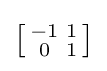
\left[{\begin{smallmatrix}-1&1\\0&1\\\end{smallmatrix}}\right]